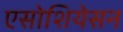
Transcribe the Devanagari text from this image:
एसोशियेसन